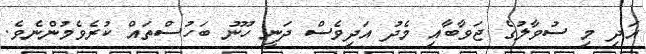
އަދި މި ސުވާލުގެ ޖަވާބާއި މެދު އަދިވެސް ދަނީ ހޫނު ބަހުސްތައް ކުރެވެމުންނެވެ.